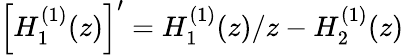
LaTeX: \left[H_{1}^{(1)}(z)\right]^{\prime}=H_{1}^{(1)}(z)/z-H_{2}^{(1)}(z)